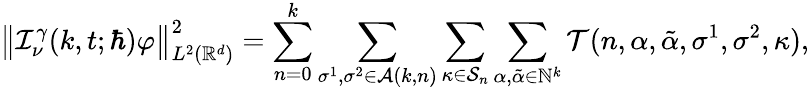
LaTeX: \big\lVert\mathcal{I}_{\nu}^{\gamma}(k,t;\hbar)\varphi\big\rVert_{L^{2}(\mathbb{R}^{d})}^{2}=\sum_{n=0}^{k}\sum_{\sigma^{1},\sigma^{2}\in\mathcal{A}(k,n)}\sum_{\kappa\in\mathcal{S}_{n}}\sum_{\alpha,\tilde{\alpha}\in\mathbb{N}^{k}}\mathcal{T}(n,\alpha,\tilde{\alpha},\sigma^{1},\sigma^{2},\kappa),